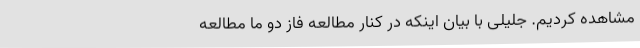
مشاهده کردیم. جلیلی با بیان اینکه در کنار مطالعه فاز دو ما مطالعه